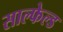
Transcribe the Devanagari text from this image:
साल्फेल्ड